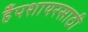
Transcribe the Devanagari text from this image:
हँपशायरसाठी